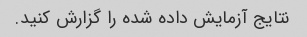
نتایج آزمایش داده شده را گزارش کنید.